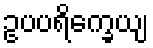
ဥပပရိက္ခေယျ